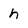
Character: h